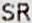
SR